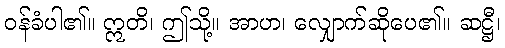
ဝန်ခံပါ၏။ ဣတိ၊ ဤသို့။ အာဟ၊ လျှောက်ဆိုပေ၏။ ဆဋ္ဌီ၊